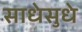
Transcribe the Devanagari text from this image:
साधेसुधे